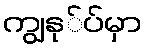
ကျွနု်ပ်မှာ